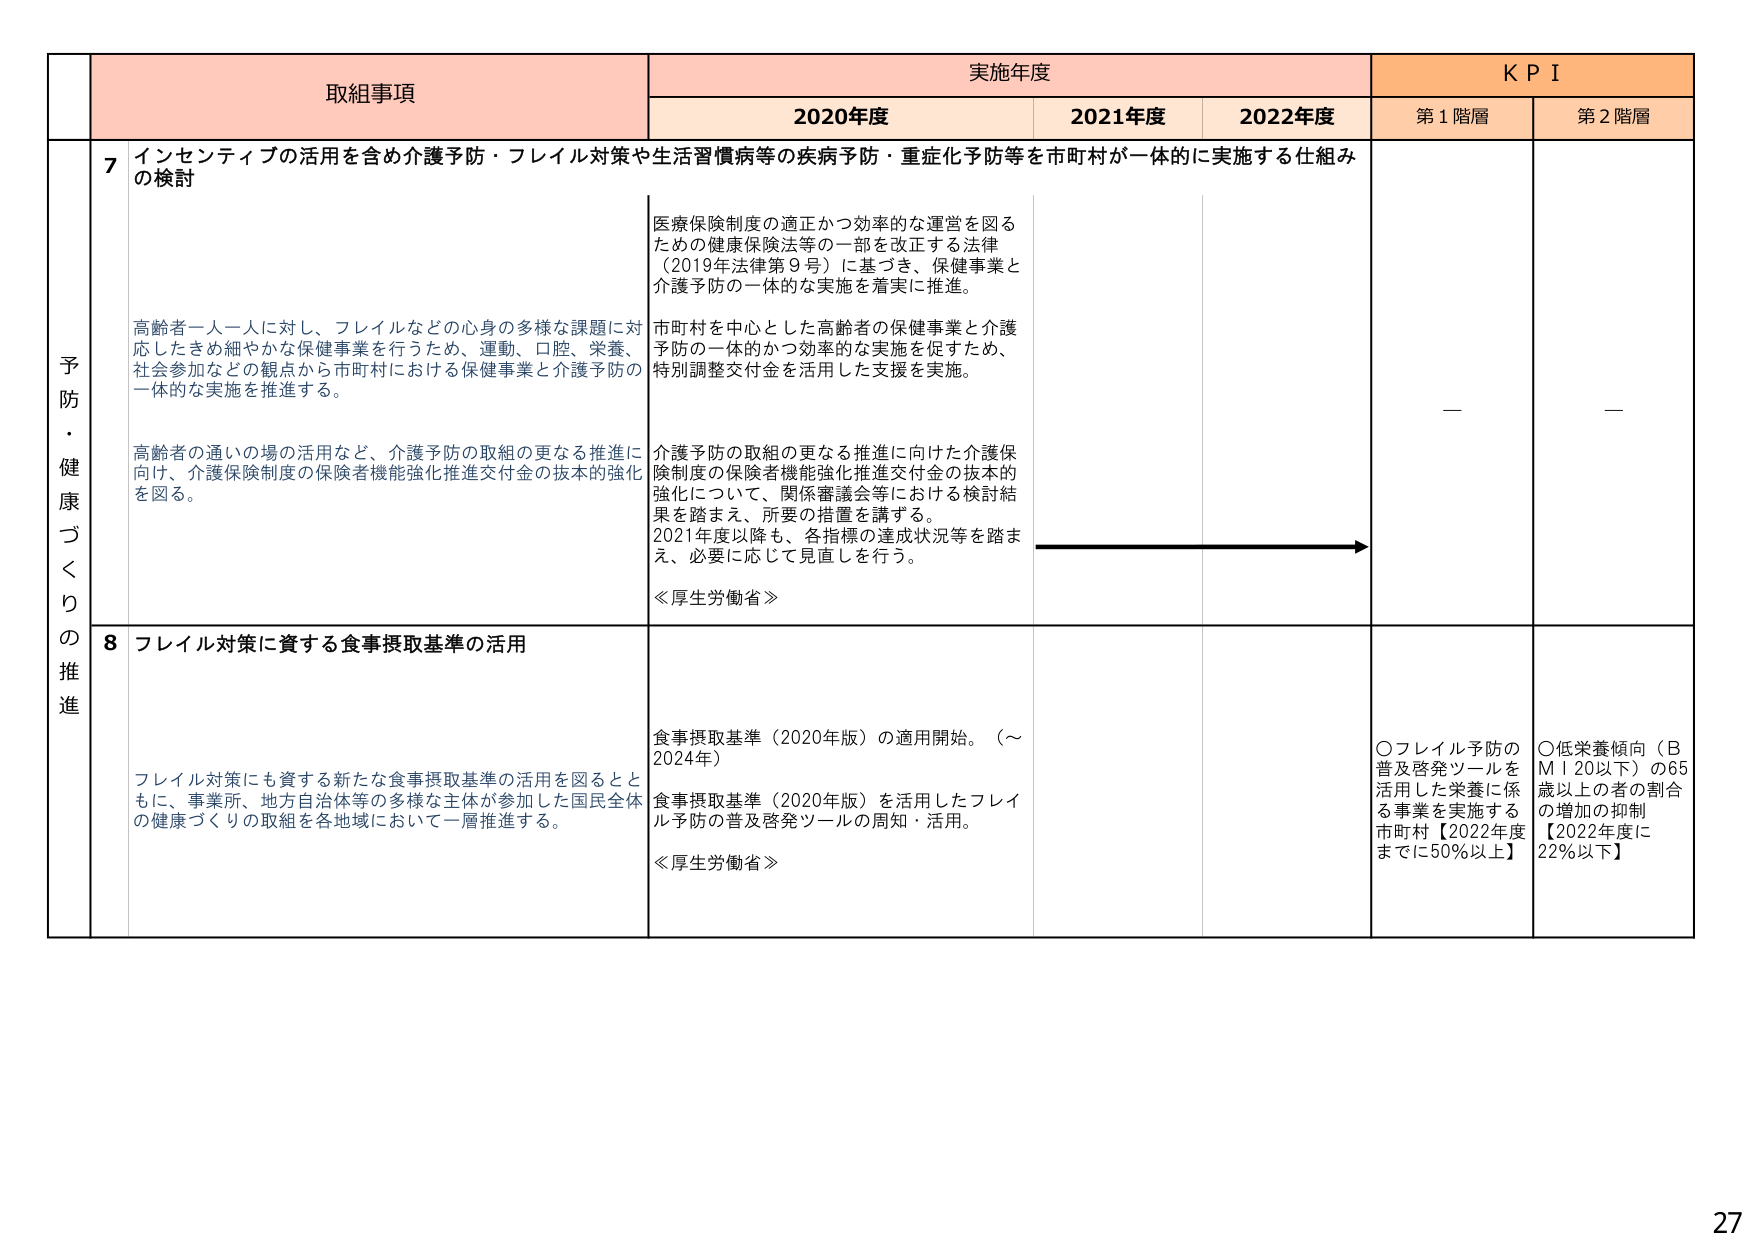
予防・健康づくりの推進

取組事項

実施年度

KPI

2020年度

2021年度

2022年度

第1階層

第2階層

7 インセンティブの活用を含め介護予防・フレイル対策や生活習慣病等の疾病予防・重症化予防等を市町村が一体的に実施する仕組みの検討

高齢者一人一人に対し、フレイルなどの心身の多様な課題に対応したきめ細やかな保健事業を行うため、運動、口腔、栄養、社会参加などの観点から市町村における保健事業と介護予防の一体的な実施を推進する。

高齢者の通いの場の活用など、介護予防の取組の更なる推進に向け、介護保険制度の保険者機能強化推進交付金の抜本的強化を図る。

医療保険制度の適正かつ効率的な運営を図るための健康保険法等の一部を改正する法律（2019年法律第9号）に基づき、保健事業と介護予防の一体的な実施を着実に推進。

市町村を中心とした高齢者の保健事業と介護予防の一体的かつ効率的な実施を促すため、特別調整交付金を活用した支援を実施。

介護予防の取組の更なる推進に向けた介護保険制度の保険者機能強化推進交付金の抜本的強化について、関係審議会等における検討結果を踏まえ、所要の措置を講ずる。

2021年度以降も、各指標の達成状況等を踏まえ、必要に応じて見直しを行う。

≪厚生労働省≫

—

—

8 フレイル対策に資する食事摂取基準の活用

フレイル対策にも資する新たな食事摂取基準の活用を図るとともに、事業所、地方自治体等の多様な主体が参加した国民全体の健康づくりの取組を各地域において一層推進する。

食事摂取基準（2020年版）の適用開始。（～2024年）

食事摂取基準（2020年版）を活用したフレイル予防の普及啓発ツールの周知・活用。

≪厚生労働省≫

〇フレイル予防の普及啓発ツールを活用した栄養に係る事業を実施する市町村【2022年度までに50％以上】

〇低栄養傾向（BMI 20以下）の65歳以上の者の割合の増加の抑制【2022年度に22％以下】

27